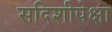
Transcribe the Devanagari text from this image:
सदिशीपेक्षा